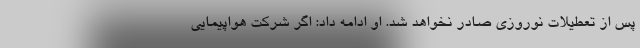
پس از تعطیلات نوروزی صادر نخواهد شد. او ادامه داد: اگر شرکت هواپیمایی